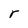
Character: r